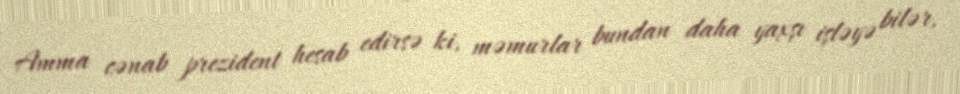
Amma cənab prezident hesab edirsə ki, məmurlar bundan daha yaxşı işləyə bilər,